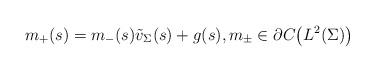
LaTeX: \begin{gather*}m_+(s) = m_- (s)\tilde{v}_\Sigma(s) + g(s) , m_\pm \in \partial C\big(L^2(\Sigma)\big) \end{gather*}